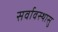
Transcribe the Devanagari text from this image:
सर्वावस्थासु